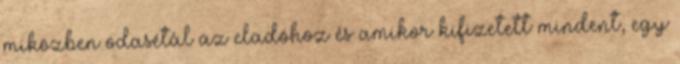
miközben odasétál az eladóhoz és amikor kifizetett mindent, egy